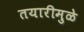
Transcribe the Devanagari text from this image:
तयारीमुळे